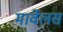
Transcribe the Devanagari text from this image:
मार्वेलस